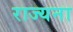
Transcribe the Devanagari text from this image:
राज्यना